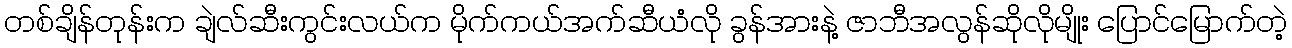
တစ်ချိန်တုန်းက ချဲလ်ဆီးကွင်းလယ်က မိုက်ကယ်အက်ဆီယံလို ခွန်အားနဲ့ ဇာဘီအလွန်ဆိုလိုမျိုး ပြောင်မြောက်တဲ့